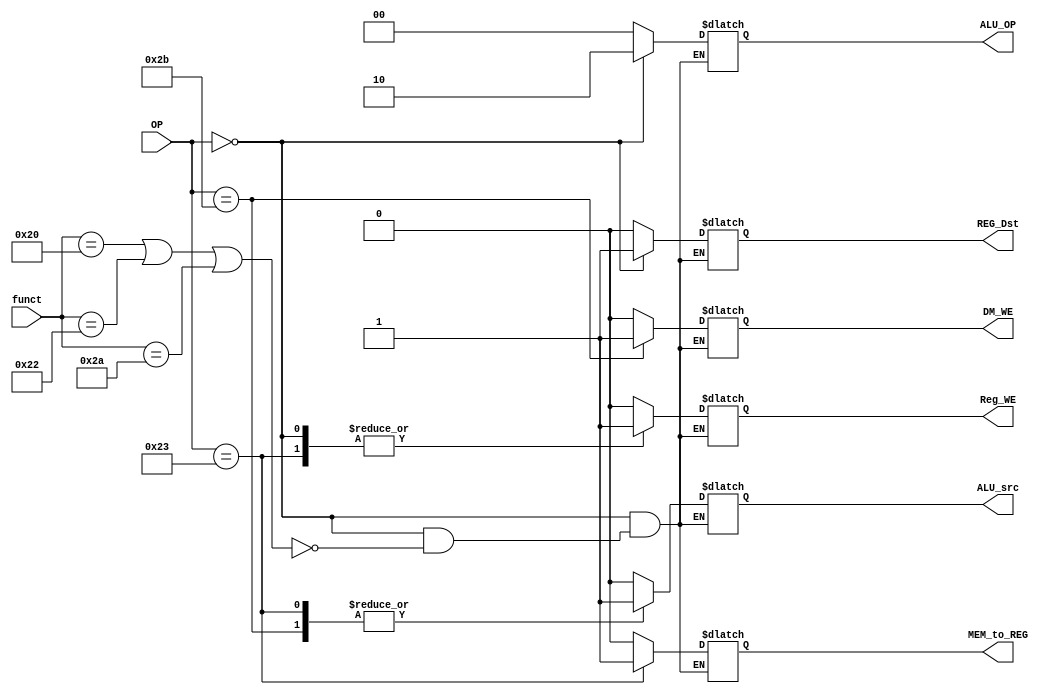
`timescale 1ns / 1ps

module Decoder( OP, Reg_WE, DM_WE, ALU_OP, ALU_src,MEM_to_REG,REG_Dst,funct);
	input [5:0] OP;
	input [5:0] funct;
	output reg Reg_WE, DM_WE, ALU_src,MEM_to_REG,REG_Dst;
	output reg [1:0] ALU_OP;

	//reg _Reg_WE, _DM_WE, _ALU_src, _MEM_to_REG,_REG_Dst;
      //  reg [1:0] _ALU_OP;

     always@(OP or funct)
       begin  
       case(OP) //this is for r t-ype
        6'b000000:  
        if(funct == 6'b100000 | funct == 6'b100010 | funct == 6'b101010)begin
        Reg_WE=1;
        DM_WE =0;
        ALU_src = 0;
        MEM_to_REG = 0;
        REG_Dst = 1;
        ALU_OP = 2'b10;
          end

		/*I-type*/

	6'b100011: begin  //lw
	  REG_Dst = 0;
          ALU_src = 1;
          MEM_to_REG = 1;
          Reg_WE = 1;
	  DM_WE = 0;
          ALU_OP = 2'b00;
		end
	6'b101011: begin  //sw
          REG_Dst = 0; //
	  ALU_src = 1;
	  MEM_to_REG = 0; //x
          Reg_WE = 0;
          DM_WE = 1;
          ALU_OP = 2'b00;
		end

       default: begin
       Reg_WE = 0;
       DM_WE =0;
       ALU_src = 0;
       MEM_to_REG = 0;
       REG_Dst = 0;
       ALU_OP = 2'b00;    //
       end
     endcase
    end

   /* add your design */   	
  
	
	
endmodule